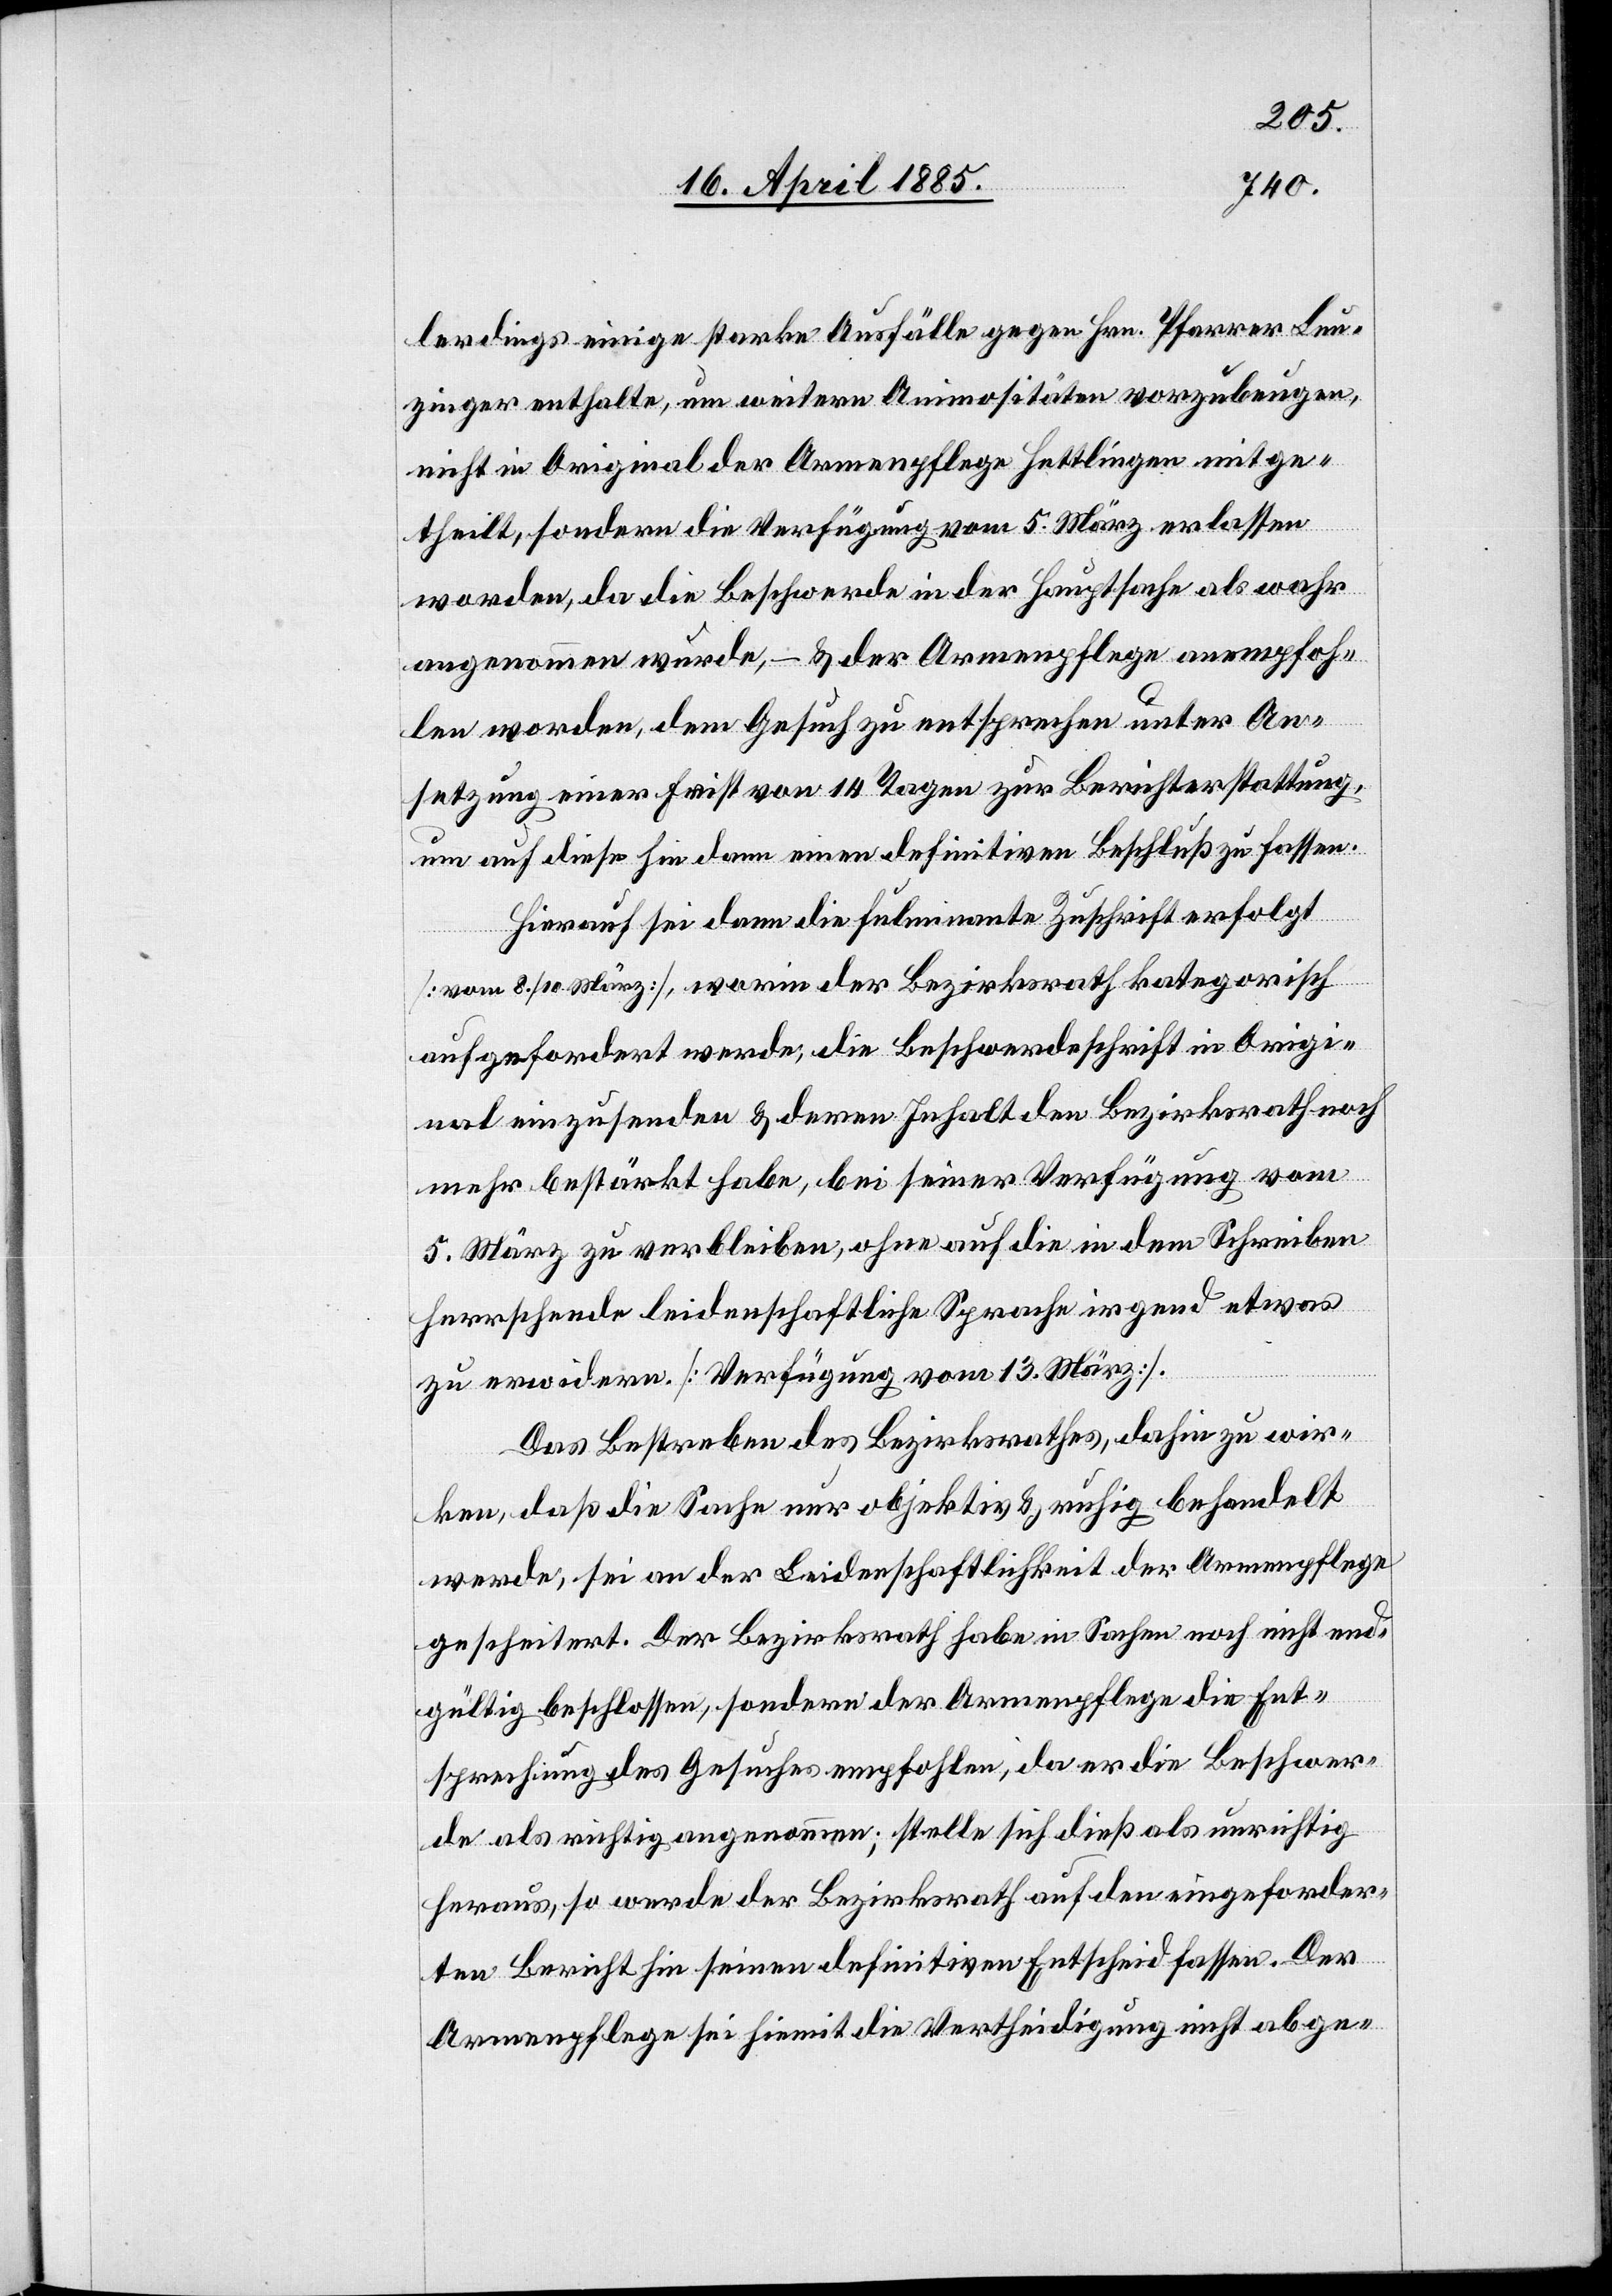
lerdings einige starke Ausfälle gegen Hrn. Pfarrer Leu¬
zinger enthalte, um weitere Animositäten vorzubeugen,
nicht in Original der Armenpflege Hettlingen mitge¬
theilt, sondern die Verfügung vom 5. März erlassen
worden, da die Beschwerde in der Hauptsache als wahr
angenommen wurde, – & der Armenpflege anempfoh¬
len worden, dem Gesuch zu entsprechen unter An¬
setzung einer Frist von 14 Tagen zur Berichterstattung,
um auf diese hin dann einen definitiven Beschluß zu fassen.
Hierauf sei dann die fulminante Zuschrift erfolgt
[vom 8./10. März], worin der Bezirksrath kategorische
aufgefordert werde, die Beschwerdeschrift in Origi¬
nal einzusenden & deren Inhalt den Bezirksrath noch
mehr bestärkt habe, bei seiner Verfügung vom
5. März zu verbleiben, ohne auf die in dem Schreiben
herrschende leidenschaftliche Sprache irgend etwas
zu erwidern. [Verfügung vom 13. März].
Das Bestreben des Bezirksrathes, dahin zu wir¬
ken, daß die Sache nur objektiv & ruhig behandelt
werde, sei an der Leidenschaftlichkeit der Armenpflege
gescheitert. Der Bezirksrath habe in Sachen noch nicht end¬
gültig beschlossen, sondern der Armenpflege die Ent¬
sprechung des Gesuches empfohlen, da er die Beschwer¬
de als richtig angenommen; stelle sich dieß als unrichtig
heraus, so werde der Bezirksrath auf den eingeforder¬
ten Bericht hin seinen definitiven Entscheid fassen. Der
Armenpflege sei hiemit die Vertheidigung nicht abge-